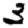
Digit: 3